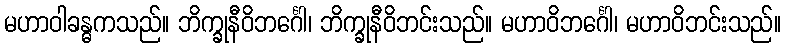
မဟာဝါခန္ဓကသည်။ ဘိက္ခုနီဝိဘင်္ဂေါ၊ ဘိက္ခုနီဝိဘင်းသည်။ မဟာဝိဘင်္ဂေါ၊ မဟာဝိဘင်းသည်။